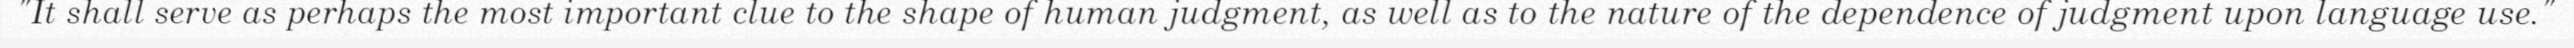
"It shall serve as perhaps the most important clue to the shape of human judgment, as well as to the nature of the dependence of judgment upon language use."